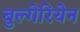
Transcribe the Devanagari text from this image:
बुल्गेरियेन